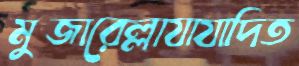
মুজারেল্লাযাযাদিত